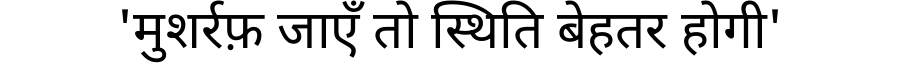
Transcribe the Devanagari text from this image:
'मुशर्रफ़ जाएँ तो स्थिति बेहतर होगी'